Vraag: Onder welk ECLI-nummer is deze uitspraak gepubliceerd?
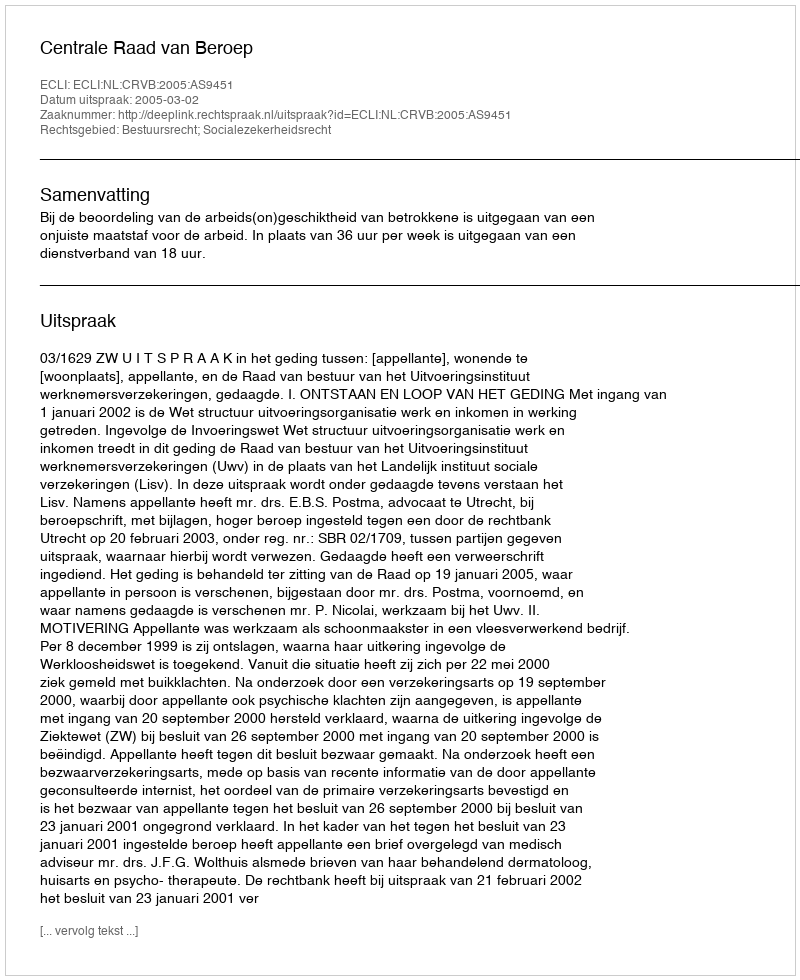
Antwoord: ECLI:NL:CRVB:2005:AS9451